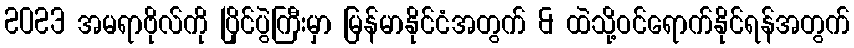
2023 အမရာဗိုလ်ကို ပြိုင်ပွဲကြီးမှာ မြန်မာနိုင်ငံအတွက် & ထဲသို့ဝင်ရောက်နိုင်ရန်အတွက်